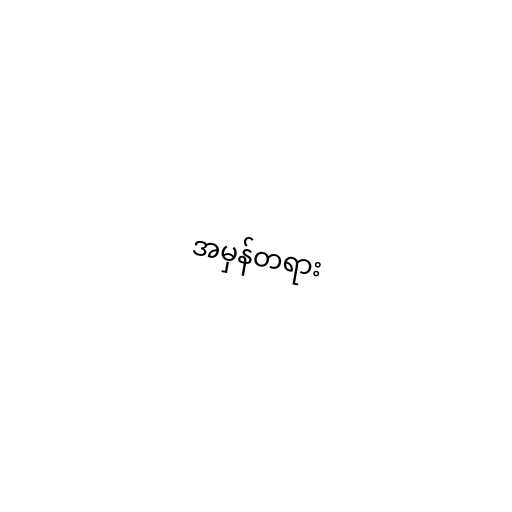
အမှန်တရား